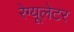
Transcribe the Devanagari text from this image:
रेग्यूलेटर